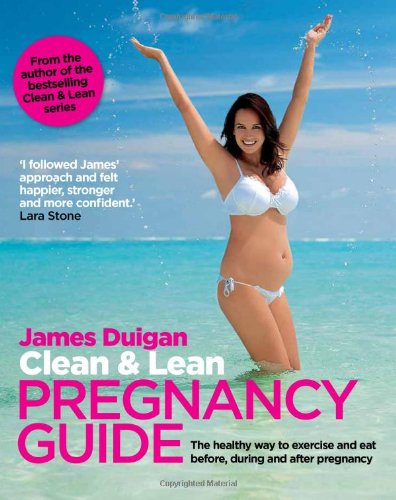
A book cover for Clean & Lean Pregnancy Guide: The Healthy Way to Exercise and Eat Before, During and After Pregnany; James Duigan; Health, Fitness & Dieting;